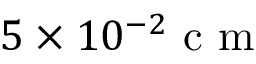
5 \times 1 0 ^ { - 2 } \mathrm { ~ c ~ m ~ }